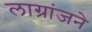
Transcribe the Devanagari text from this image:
लाग्रांजने